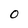
Character: 0